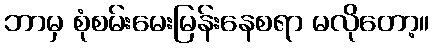
ဘာမှ စုံစမ်းမေးမြန်းနေစရာ မလိုတော့။